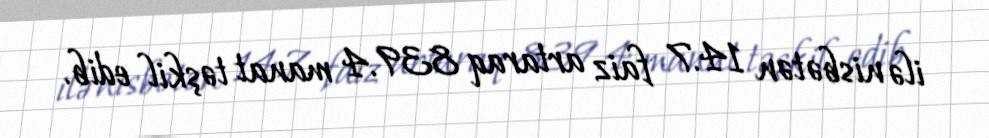
ilə nisbətən 14.7 faiz artaraq 839.4 manat təşkil edib.